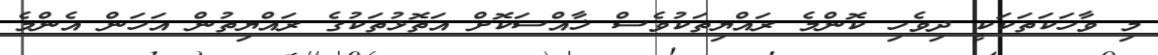
މި ވާހަކަތަކަކީ ދިވެހި ކޮންމެ ރައްޔިތަކުވެސް ޚާއްސަކޮށް އަތޮޅުތަކުގެ ރައްޔިތުން އަހަން އެންމެ